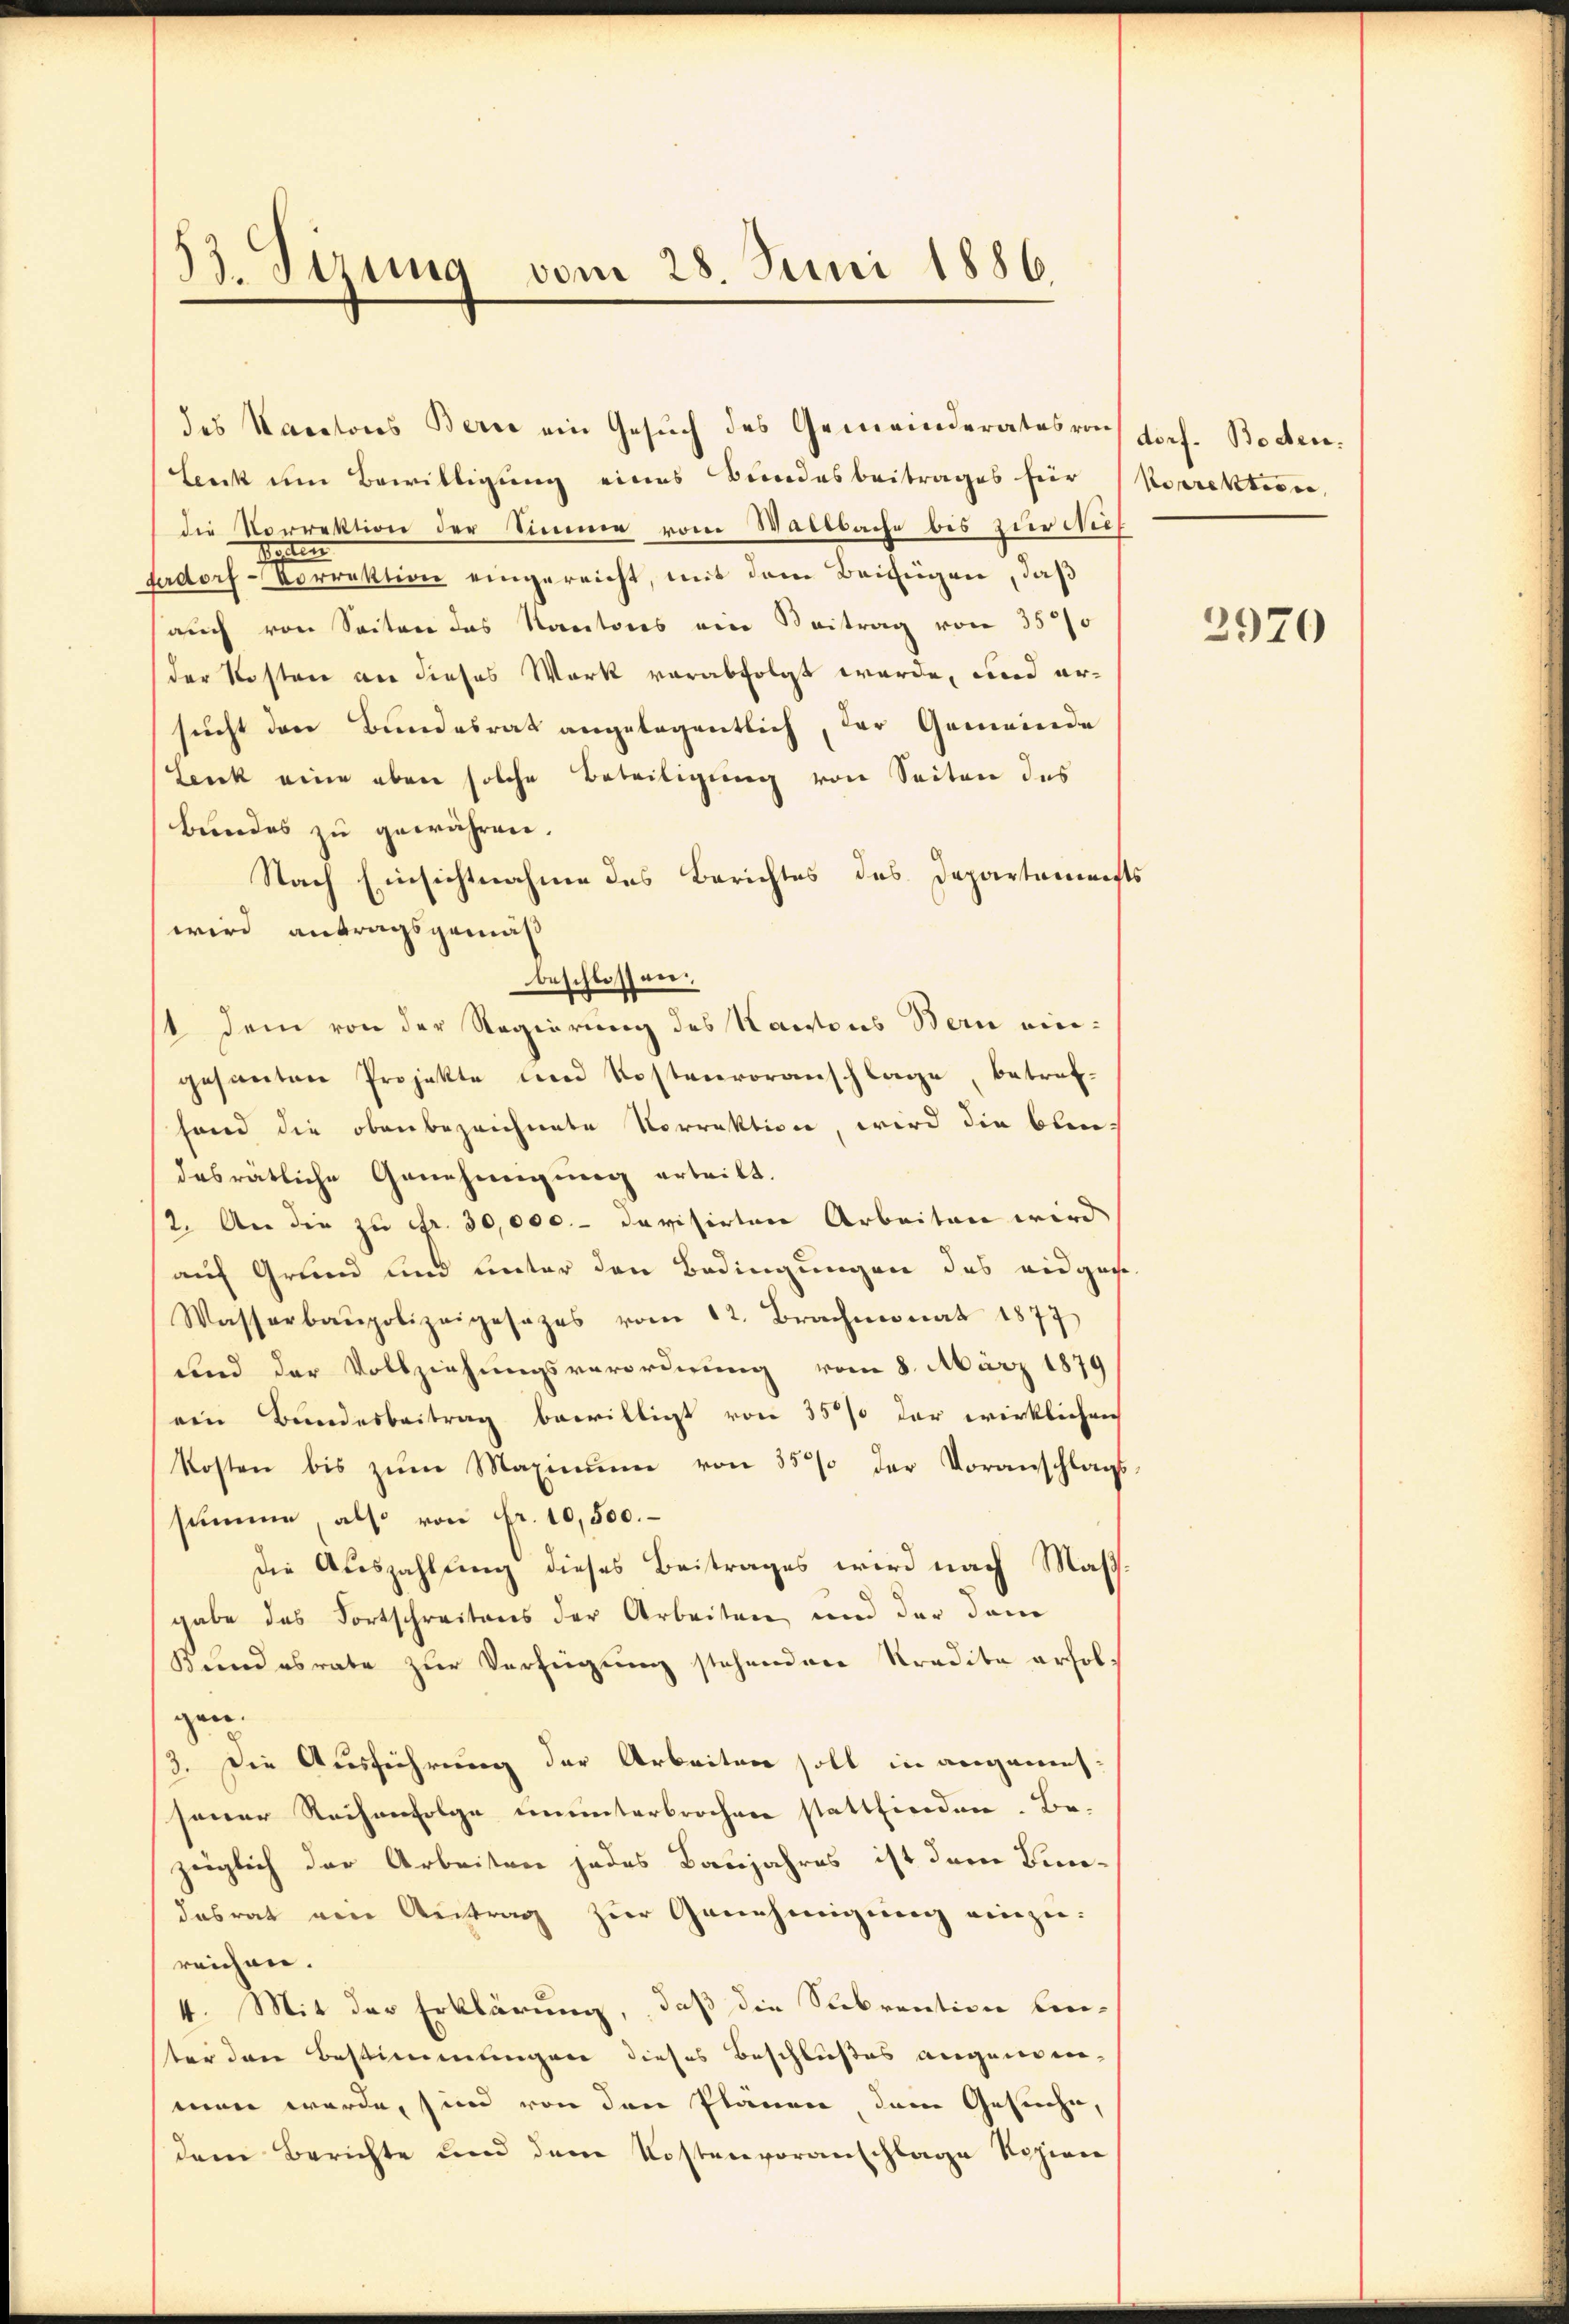
53. Sirung vom 28. Juni 1886

des Karators Berne ein Gesuch des Gemeinderates von
Leuk um Bewilligung eines Bundesbeitrages für Korrektion,
die Vorrektion der Stimme vom Wattbache bis zur Nieh
tisten
Eerdorf-Vorrektion eingereicht, mit dem Beifügen, daß
auch von Seiten das Kantons ein Beitrag von 3500
der Kosten an dieses Werk verabfolgt werde, und ersucht der Bundesrat angelegentlich, der Gemeinde
Lenk eine eben solche Beteiligung von Seiten des
bundes zu gewähren.
Nach Einsichtnahme des Berichtes des Departements
wird antragsgemäß
beschlossen:
1 dem von der Regierung des Kantons Bern eingesanten Projekte und Kostenvoranschlage, betref-
hand die obenbezeichnete Vorrektion, wird die blei-
desrätliche Genehmigung erteilt.
(2. An die zu fr. 30,000.- devisirten Arbeiten wird
auf Grund und unter den Bedingungen das eidgas-
Wasserbaupolizeigesezes vom 12. Brachmonat 1877
und der Vollziehungsverordnung vom 8. März 1879
ein Bundesbeitrag bewilligt von 35% der wirklichen
Kosten bis zŭm Maximŭm von 35 der Voranschlags-
summe, als von Fr. 10,500.
die Auszahlung dieses Beitrages wird nach Masgabe das Fortschreitens der Arbeiten und der dem
Kundesrate zur Verfügung stehenden Kredita erfolgen.
3. Die Ausführung der Arbeiten soll in angenenssener Reihenfolge ununterbrochen statthierden. Be-
züglich der Arbeiten jedes Baujahres ist dem Bundasrat ein Antrag zur Genehmigŭng einzureichen.
4. Mit der Erklärung, daß die Subvention bin-
ter den Bestimmungen dieses Beschlußes augenden-
man werde, sind von den Plänen, dem Gesuche,
dem Berichte und dem Kostenvoranschlage Rohien

dorf. Boden.

2970